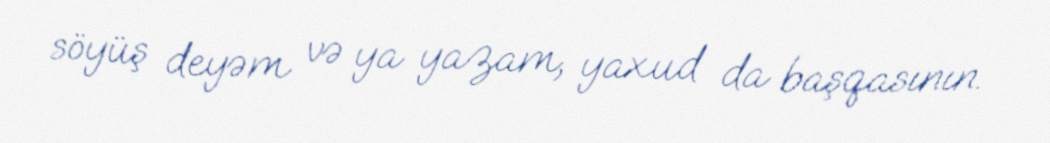
söyüş deyəm və ya yazam, yaxud da başqasının.